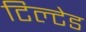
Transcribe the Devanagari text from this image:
टिल्‍टेड